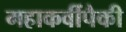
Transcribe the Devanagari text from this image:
महाकवींपैकी